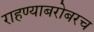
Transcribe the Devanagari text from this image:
राहण्याबरोबरच